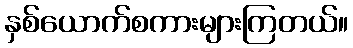
နှစ်ယောက်စကားများကြတယ်။